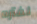
لفتره